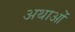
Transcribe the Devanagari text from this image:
अथाओं